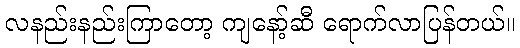
လနည်းနည်းကြာတော့ ကျနော့်ဆီ ရောက်လာပြန်တယ်။